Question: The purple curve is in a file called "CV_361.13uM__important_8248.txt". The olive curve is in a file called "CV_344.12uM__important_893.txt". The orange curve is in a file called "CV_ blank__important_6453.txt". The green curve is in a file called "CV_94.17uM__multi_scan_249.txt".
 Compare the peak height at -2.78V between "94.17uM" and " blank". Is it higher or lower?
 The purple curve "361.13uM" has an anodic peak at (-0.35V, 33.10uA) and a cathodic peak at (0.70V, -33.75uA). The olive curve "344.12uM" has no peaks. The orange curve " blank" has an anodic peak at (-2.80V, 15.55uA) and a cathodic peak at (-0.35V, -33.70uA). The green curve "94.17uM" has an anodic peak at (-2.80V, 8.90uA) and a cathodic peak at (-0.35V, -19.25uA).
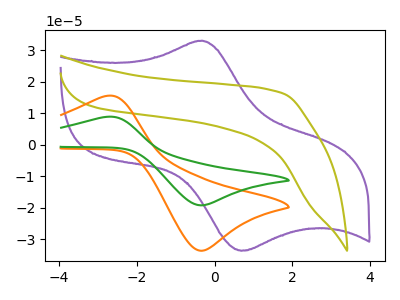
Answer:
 <answer>The peak at -2.78V is lower in "94.17uM" than in " blank".</answer>
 <eval>lower</eval>